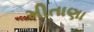
મીતાણા